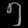
Digit: ၅